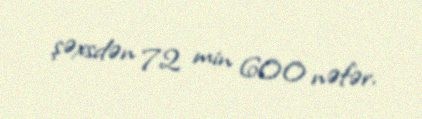
şəxsdən 72 min 600 nəfər.